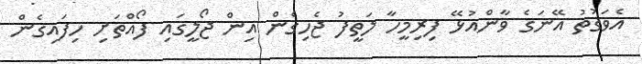
އެވަގުތު އޭނަގެ ވާންއުޅޭ ފިރިމީހާ ލަތީފު ޖެހިގެން އިން ޖޯލީގައި ފޯއްތަށި ހިފައިގެން